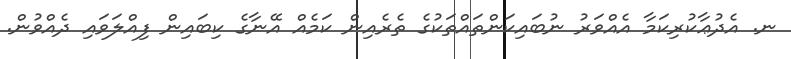
ނ. އެދުޢާކުރިކަމާ އެއްވަރު ނުބައިކަންތައްތަކުގެ ތެރެއިން ކަމެއް އޭނާގެ ކިބައިން ފިއްލަވައި ދެއްވުން.